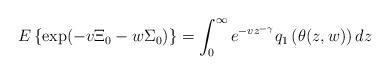
LaTeX: \begin{align*}E\left\{ \exp (-v\Xi _{0}-w\Sigma _{0})\right\} =\int_{0}^{\infty}e^{-vz^{-\gamma }}q_{1}\left( \theta (z,w)\right) dz \end{align*}